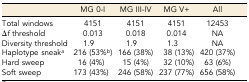
|  | MG 0-I | MG III-IV | MG V+ | All |
 | --- | --- | --- | --- | --- |
 | Total windows | 4151 | 4151 | 4151 | 12453 |
 | Δf threshold | 0.013 | 0.018 | 0.014 | NA |
 | Diversity threshold | 1.9 | 1.9 | 1.3 | NA |
 | Haplotype sneaka | 216 (53%b) | 166 (38%) | 38 (13%) | 420 (37%) |
 | Hard sweep | 16 (4%) | 15 (4%) | 32 (10%) | 63 (6%) |
 | Soft sweep | 173 (43%) | 246 (58%) | 237 (77%) | 656 (58%) |